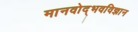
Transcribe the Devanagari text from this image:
मानवोद्भवविज्ञान